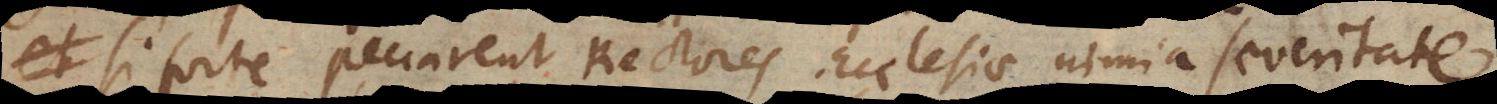
si forte peccarent Rectores Ecclesiae nimia difficultate